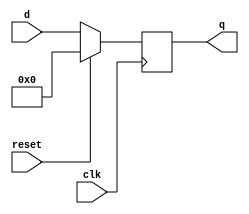
`timescale 1ns / 1ps
//////////////////////////////////////////////////////////////////////////////////
// Company: 
// Engineer: 
// 
// Design Name: 
// Module Name: FlipFlop
// Project Name: 
// Target Devices: 
// Tool Versions: 
// Description: 
// 
// Dependencies: 
// 
// Revision:
// Revision 0.01 - File Created
// Additional Comments:
// 
//////////////////////////////////////////////////////////////////////////////////
module FlipFlop(clk, reset, d, q);
    
    input clk, reset;
    input [7:0]  d; 
    
    output reg [7:0] q;

    always @(posedge clk)
    begin 
        if (reset == 1'b1)
            q <= 8'b0;
        else 
            q <= d;
    end
    
endmodule